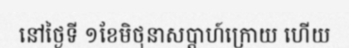
នៅថ្ងៃទី ១ខែមិថុនាសប្តាហ៍ក្រោយ ហើយ